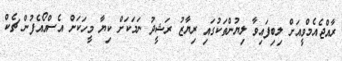
ރާއްޖެއެމްވީއަށް ލިބިފައިވާ ލިޔުންތަކުގައި ރިޔާޒު ރަޝީދު ނަމަކަށް ކިޔާ މީހަކަށް އެސްއޯއެފުން ޗެކް